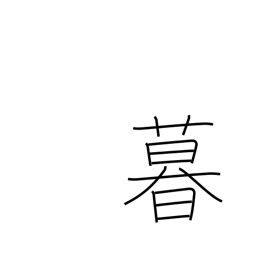
Meaning: livelihood